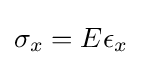
\sigma _{x}=E\epsilon _{x}